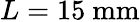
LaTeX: L=15~\mathrm{mm}